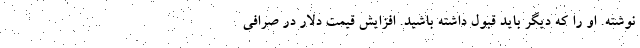
نوشته. او را که دیگر باید قبول داشته باشید. افزایش قیمت دلار در صرافی